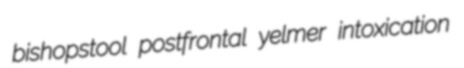
bishopstool postfrontal yelmer intoxication